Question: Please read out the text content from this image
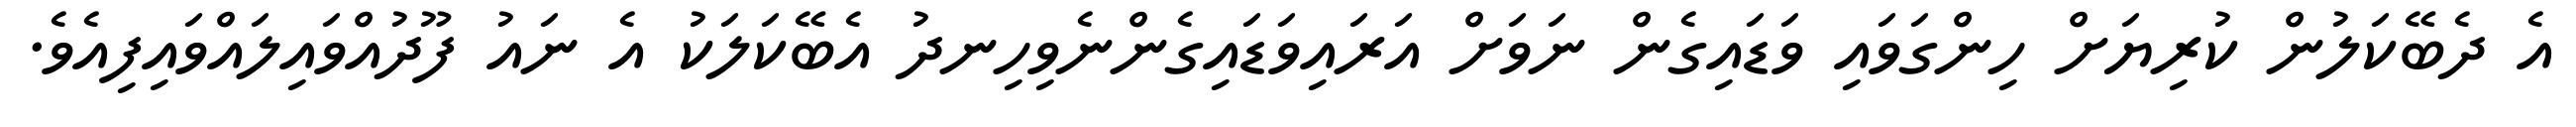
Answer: އެ ދެބޭކަލުން ކުރިޔަށް ހިންގަވައި ވަޑައިގެން ނަވަށް އަރައިވަޑައިގެންނެވިހިނދު އެބޭކަލަކު އެ ނައު ފޫދުއްވައިލައްވައިފިއެވެ.